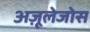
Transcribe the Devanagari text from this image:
अज़ूलेजोस